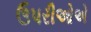
ઉપરીઓએ